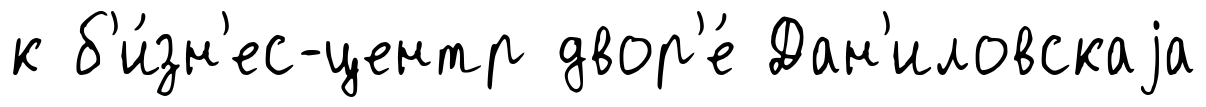
к б'и́зн'ес-центр двор'е́ Дан'иловскаjа